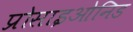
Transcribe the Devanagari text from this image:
प्रोसाइओनिड